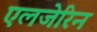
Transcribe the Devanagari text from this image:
एलजेरिन